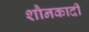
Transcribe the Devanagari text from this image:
शौनकादी